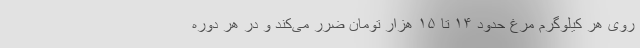
روی هر کیلوگرم مرغ حدود ۱۴ تا ۱۵ هزار تومان ضرر می‌کند و در هر دوره